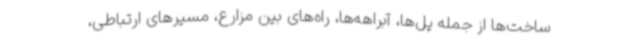
ساخت‌ها از جمله پل‌ها، آبراهه‌ها، راه‌های بین مزارع، مسیرهای ارتباطی،